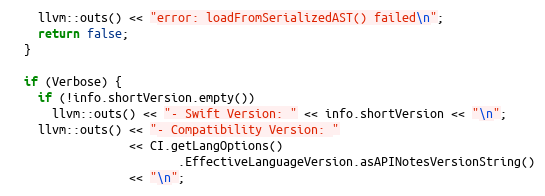
Language: C++
    llvm::outs() << "error: loadFromSerializedAST() failed\n";
    return false;
  }

  if (Verbose) {
    if (!info.shortVersion.empty())
      llvm::outs() << "- Swift Version: " << info.shortVersion << "\n";
    llvm::outs() << "- Compatibility Version: "
                 << CI.getLangOptions()
                        .EffectiveLanguageVersion.asAPINotesVersionString()
                 << "\n";